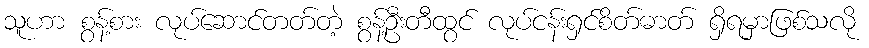
သူဟာ စွန့်စား လုပ်ဆောင်တတ်တဲ့ စွန့်ဦးတီထွင် လုပ်ငန်းရှင်စိတ်ဓာတ် ရှိရမှာဖြစ်သလို